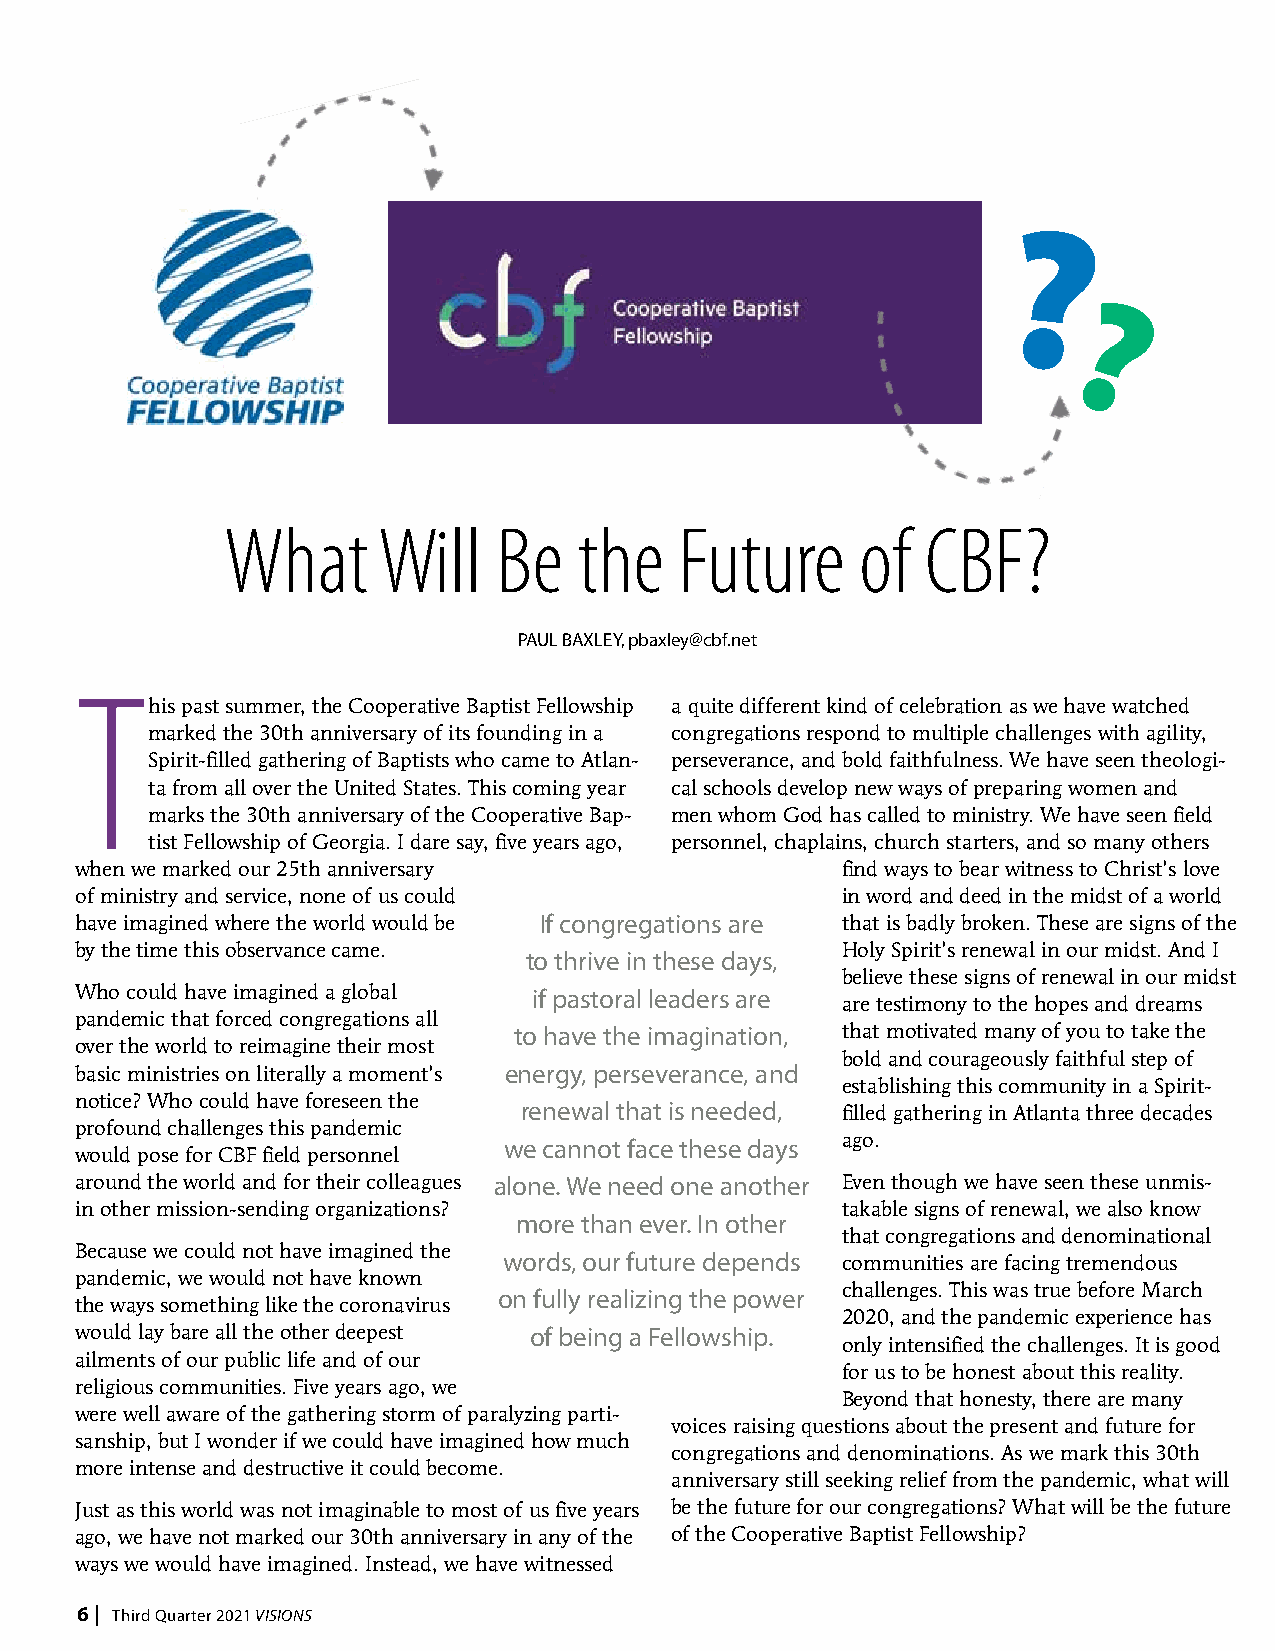
?
 ?
 What      Will    Be   the    Future      of  CBF?
 PAUL BAXLEY, pbaxley@cbf.net
 T
 his past summer, the Cooperative Baptist Fellowship a quite different kind of celebration as we have watched
 marked the 30th anniversary of its founding in a congregations respond to multiple challenges with agility,
 Spirit-filled gathering of Baptists who came to Atlan- perseverance, and bold faithfulness. We have seen theologi-
 ta from all over the United States. This coming year cal schools develop new ways of preparing women and
 marks the 30th anniversary of the Cooperative Bap- men whom God has called to ministry. We have seen field
 tist Fellowship of Georgia. I dare say, five years ago, personnel, chaplains, church starters, and so many others
 when we marked our 25th anniversary                find ways to bear witness to Christ’s love
 of ministry and service, none of us could          in word and deed in the midst of a world
 have imagined where the world would be If congregations are that is badly broken. These are signs of the
 by the time this observance came.                  Holy Spirit’s renewal in our midst. And I
 to thrive in these days,
 believe these signs of renewal in our midst
 Who could have imagined a global if pastoral leaders are
 are testimony to the hopes and dreams
 pandemic that forced congregations all
 to have the imagination, that motivated many of you to take the
 over the world to reimagine their most
 bold and courageously faithful step of
 basic ministries on literally a moment’s energy, perseverance, and
 establishing this community in a Spirit-
 notice? Who could have foreseen the
 renewal that is needed, filled gathering in Atlanta three decades
 profound challenges this pandemic
 ago.
 we cannot face these days
 would pose for CBF field personnel
 around the world and for their colleagues alone. We need one another Even though we have seen these unmis-
 in other mission-sending organizations?            takable signs of renewal, we also know
 more than ever. In other
 that congregations and denominational
 Because we could not have imagined the
 words, our future depends communities are facing tremendous
 pandemic, we would not have known
 on fully realizing the power challenges. This was true before March
 the ways something like the coronavirus
 2020, and the pandemic experience has
 would lay bare all the other deepest of being a Fellowship.
 only intensified the challenges. It is good
 ailments of our public life and of our
 for us to be honest about this reality.
 religious communities. Five years ago, we
 Beyond that honesty, there are many
 were well aware of the gathering storm of paralyzing parti-
 voices raising questions about the present and future for
 sanship, but I wonder if we could have imagined how much
 congregations and denominations. As we mark this 30th
 more intense and destructive it could become.
 anniversary still seeking relief from the pandemic, what will
 Just as this world was not imaginable to most of us five years be the future for our congregations? What will be the future
 ago, we have not marked our 30th anniversary in any of the of the Cooperative Baptist Fellowship?
 ways we would have imagined. Instead, we have witnessed
 666 ||| F DToheuicrretdhm Q Qbuuearar r/tt eJerar 2n 20u02a21r1y V V/I SIFSIeOIObNNrSuSary 2016 VISIONS